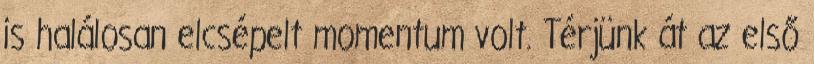
is halálosan elcsépelt momentum volt. Térjünk át az első